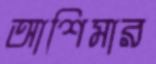
আশিমার